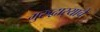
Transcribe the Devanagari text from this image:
गुरुद्वार्‍याचे